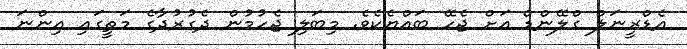
އެޑްރީނަލް ގްލޭންޑް އަށް ޖެހޭ ބައްޔެކެވެ. މިބަލި ޖެހުމުން ދެގުރުދާގެ މަތީގައި އިންނަ